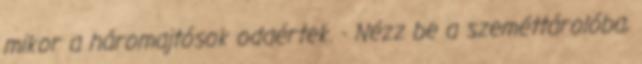
mikor a háromajtósok odaértek. - Nézz be a szeméttárolóba,